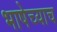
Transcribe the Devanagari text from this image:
भाषेच्याच